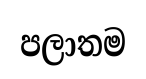
පලාතම